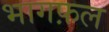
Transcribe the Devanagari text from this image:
भागफ़ल